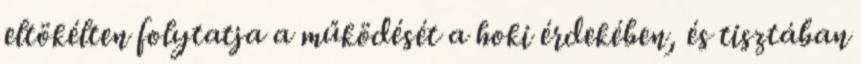
eltökélten folytatja a működését a hoki érdekében, és tisztában